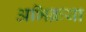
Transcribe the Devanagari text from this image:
अभिक्रया